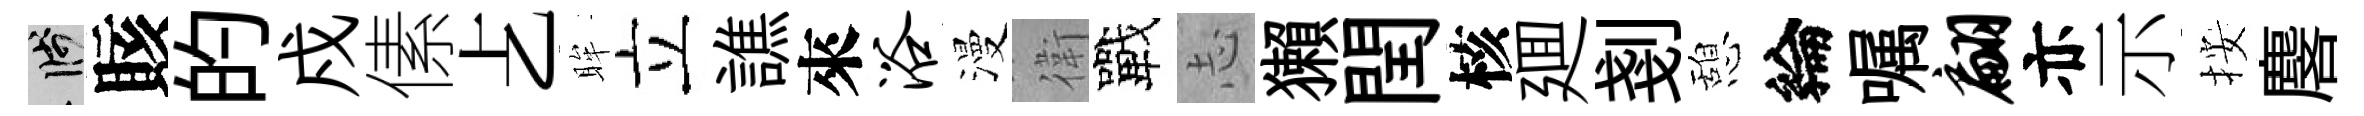
箋賅的戍傃𠧒眸立譙來浴漫衛戰𢖽獺閏核廽剗憩綸嘱翩亦示按麐